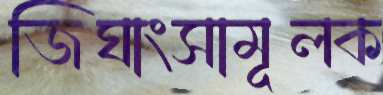
জিঘাংসামূলক